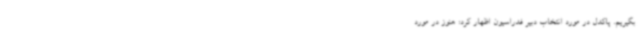
بگیریم. پاکدل در مورد انتخاب دبیر فدراسیون اظهار کرد: هنوز در مورد